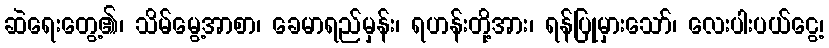
ဆဲရေးတွေ့၏၊ သိမ်မွေ့အာစာ၊ ခေမာရည်မှန်း၊ ရဟန်းတို့အား၊ ရန်ပြုမှားသော်၊ လေးပါးပယ်ငွေ့၊